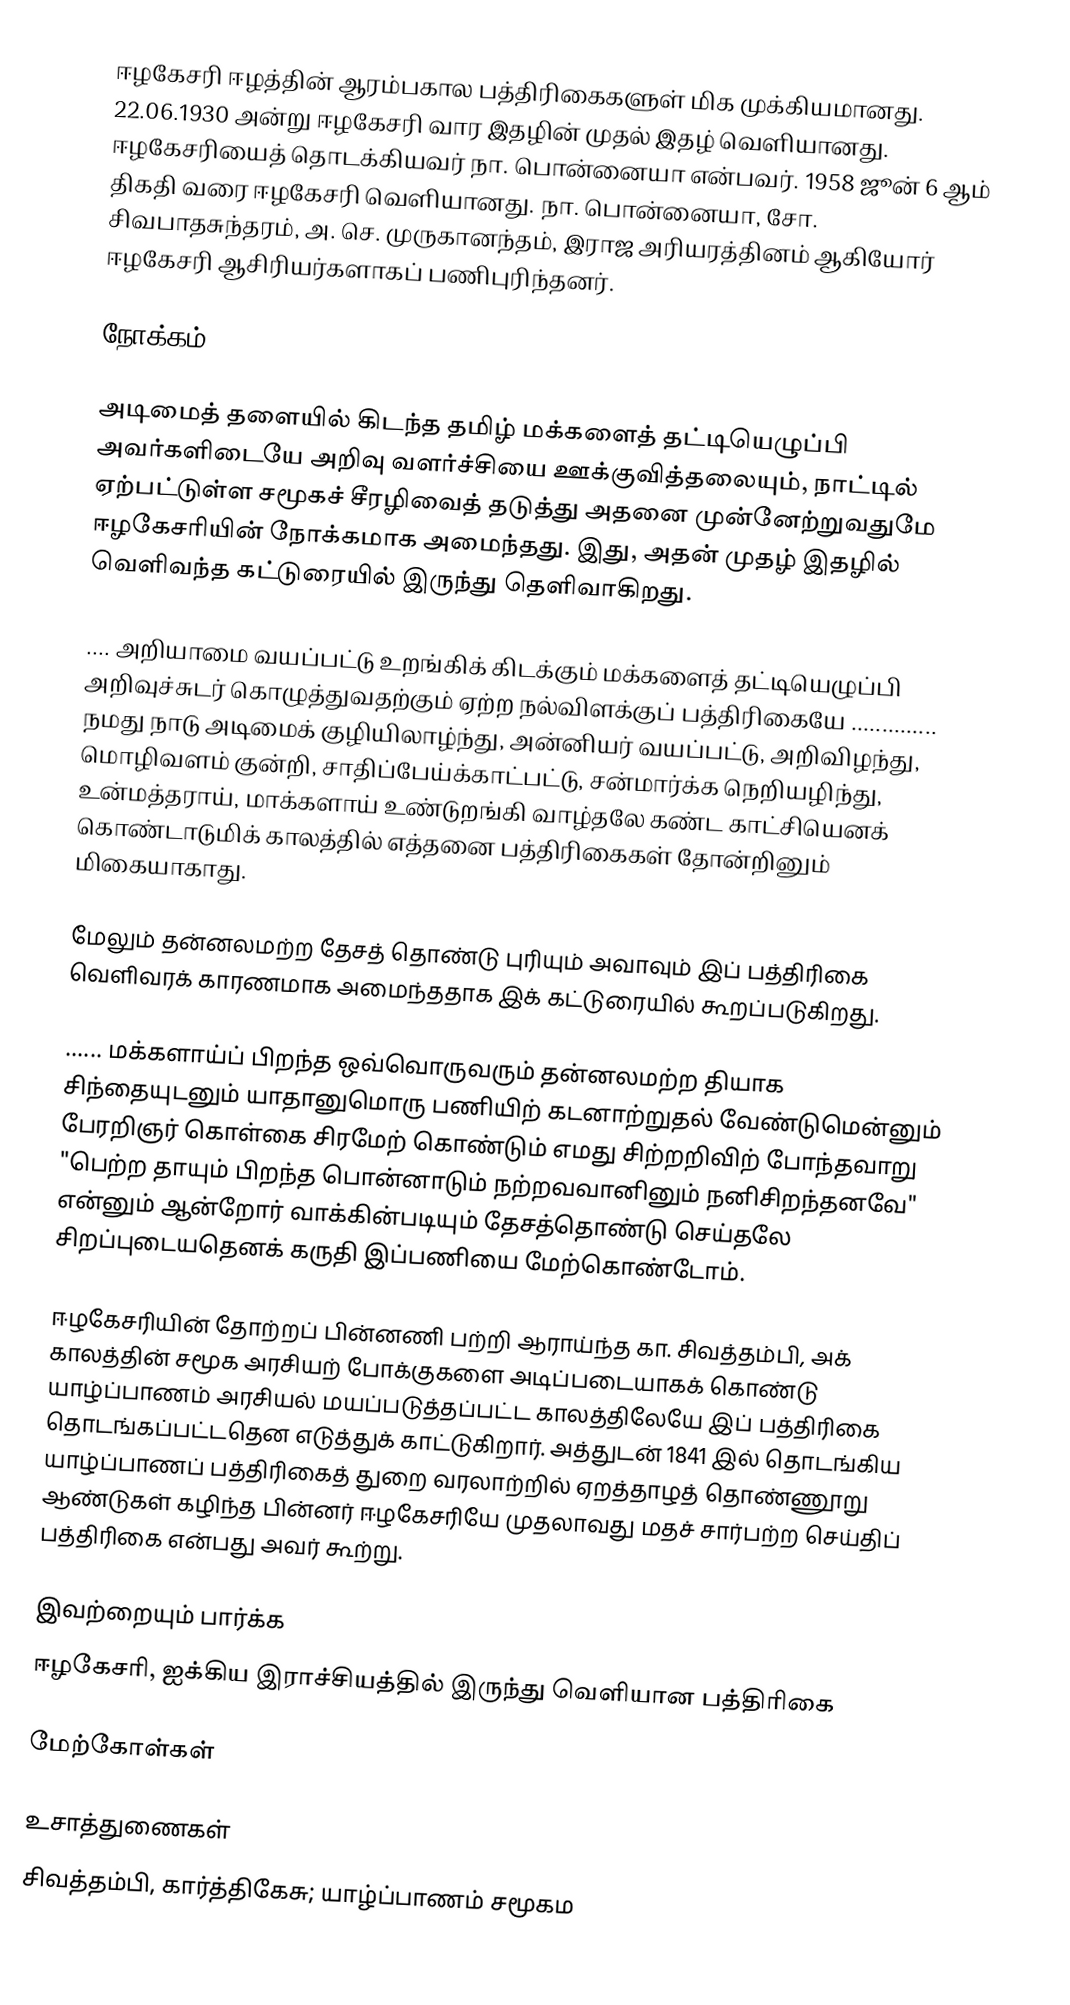
ஈழகேசரி ஈழத்தின் ஆரம்பகால பத்திரிகைகளுள் மிக முக்கியமானது. 22.06.1930 அன்று ஈழகேசரி வார இதழின் முதல் இதழ் வெளியானது. ஈழகேசரியைத் தொடக்கியவர் நா. பொன்னையா என்பவர். 1958 ஜூன் 6 ஆம் திகதி வரை ஈழகேசரி வெளியானது. நா. பொன்னையா, சோ. சிவபாதசுந்தரம், அ. செ. முருகானந்தம், இராஜ அரியரத்தினம் ஆகியோர் ஈழகேசரி ஆசிரியர்களாகப் பணிபுரிந்தனர்.

நோக்கம்

அடிமைத் தளையில் கிடந்த தமிழ் மக்களைத் தட்டியெழுப்பி அவர்களிடையே அறிவு வளர்ச்சியை ஊக்குவித்தலையும், நாட்டில் ஏற்பட்டுள்ள சமூகச் சீரழிவைத் தடுத்து அதனை முன்னேற்றுவதுமே ஈழகேசரியின் நோக்கமாக அமைந்தது. இது, அதன் முதழ் இதழில் வெளிவந்த கட்டுரையில் இருந்து தெளிவாகிறது.

 .... அறியாமை வயப்பட்டு உறங்கிக் கிடக்கும் மக்களைத் தட்டியெழுப்பி அறிவுச்சுடர் கொழுத்துவதற்கும் ஏற்ற நல்விளக்குப் பத்திரிகையே .............. நமது நாடு அடிமைக் குழியிலாழ்ந்து, அன்னியர் வயப்பட்டு, அறிவிழந்து, மொழிவளம் குன்றி, சாதிப்பேய்க்காட்பட்டு, சன்மார்க்க நெறியழிந்து, உன்மத்தராய், மாக்களாய் உண்டுறங்கி வாழ்தலே கண்ட காட்சியெனக் கொண்டாடுமிக் காலத்தில் எத்தனை பத்திரிகைகள் தோன்றினும் மிகையாகாது.

மேலும் தன்னலமற்ற தேசத் தொண்டு புரியும் அவாவும் இப் பத்திரிகை வெளிவரக் காரணமாக அமைந்ததாக இக் கட்டுரையில் கூறப்படுகிறது.

 ...... மக்களாய்ப் பிறந்த ஒவ்வொருவரும் தன்னலமற்ற தியாக சிந்தையுடனும் யாதானுமொரு பணியிற் கடனாற்றுதல் வேண்டுமென்னும் பேரறிஞர் கொள்கை சிரமேற் கொண்டும் எமது சிற்றறிவிற் போந்தவாறு "பெற்ற தாயும் பிறந்த பொன்னாடும் நற்றவவானினும் நனிசிறந்தனவே" என்னும் ஆன்றோர் வாக்கின்படியும் தேசத்தொண்டு செய்தலே சிறப்புடையதெனக் கருதி இப்பணியை மேற்கொண்டோம்.

ஈழகேசரியின் தோற்றப் பின்னணி பற்றி ஆராய்ந்த கா. சிவத்தம்பி, அக் காலத்தின் சமூக அரசியற் போக்குகளை அடிப்படையாகக் கொண்டு யாழ்ப்பாணம் அரசியல் மயப்படுத்தப்பட்ட காலத்திலேயே இப் பத்திரிகை தொடங்கப்பட்டதென எடுத்துக் காட்டுகிறார். அத்துடன் 1841 இல் தொடங்கிய யாழ்ப்பாணப் பத்திரிகைத் துறை வரலாற்றில் ஏறத்தாழத் தொண்ணூறு ஆண்டுகள் கழிந்த பின்னர் ஈழகேசரியே முதலாவது மதச் சார்பற்ற செய்திப் பத்திரிகை என்பது அவர் கூற்று.

இவற்றையும் பார்க்க
ஈழகேசரி, ஐக்கிய இராச்சியத்தில் இருந்து வெளியான பத்திரிகை

மேற்கோள்கள்

உசாத்துணைகள்
 சிவத்தம்பி, கார்த்திகேசு; யாழ்ப்பாணம் சமூகம